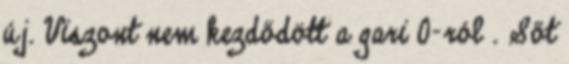
új. Viszont nem kezdődött a gari 0-ról . Sőt